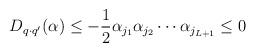
LaTeX: \begin{align*}D_{q\cdot q^{\prime }}(\alpha )\leq -\frac 12\alpha _{j_1}\alpha_{j_2}\cdots \alpha _{j_{L+1}}\leq 0 \end{align*}